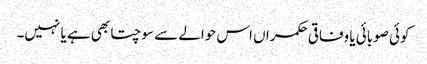
کوئی صوبائی یا وفاقی حکمراں اس حوالے سے سوچتا بھی ہے یا نہیں۔